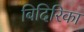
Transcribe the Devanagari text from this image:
बिदिरिका